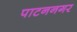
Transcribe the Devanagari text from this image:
पाटननगर